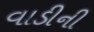
વાડીની